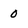
Character: 0